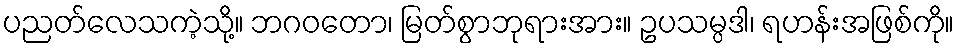
ပညတ်လေသကဲ့သို့။ ဘဂဝတော၊ မြတ်စွာဘုရားအား။ ဥပသမ္ပဒါ၊ ရဟန်းအဖြစ်ကို။